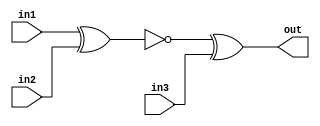
// In1 and In2 into an XNOR
// Output of XNOR xor'd with in3 gives output

module top_module (
    input in1,
    input in2,
    input in3,
    output out);

    assign out = !(in1 ^ in2) ^ in3;
    
endmodule